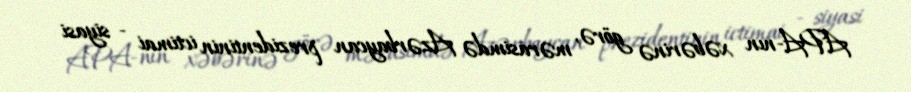
APA-nın xəbərinə görə, mərasimdə Azərbaycan prezidentinin ictimai - siyasi